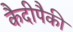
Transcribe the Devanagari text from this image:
कैदीपैकी